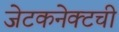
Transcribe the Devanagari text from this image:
जेटकनेक्टची